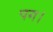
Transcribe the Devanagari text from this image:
पग।